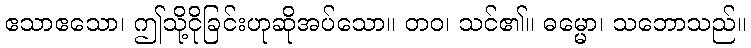
ဧသာဧသော၊ ဤသို့ငိုခြင်းဟုဆိုအပ်သော။ တဝ၊ သင်၏။ ဓမ္မော၊ သဘောသည်။